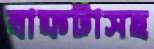
বাফটাসহ